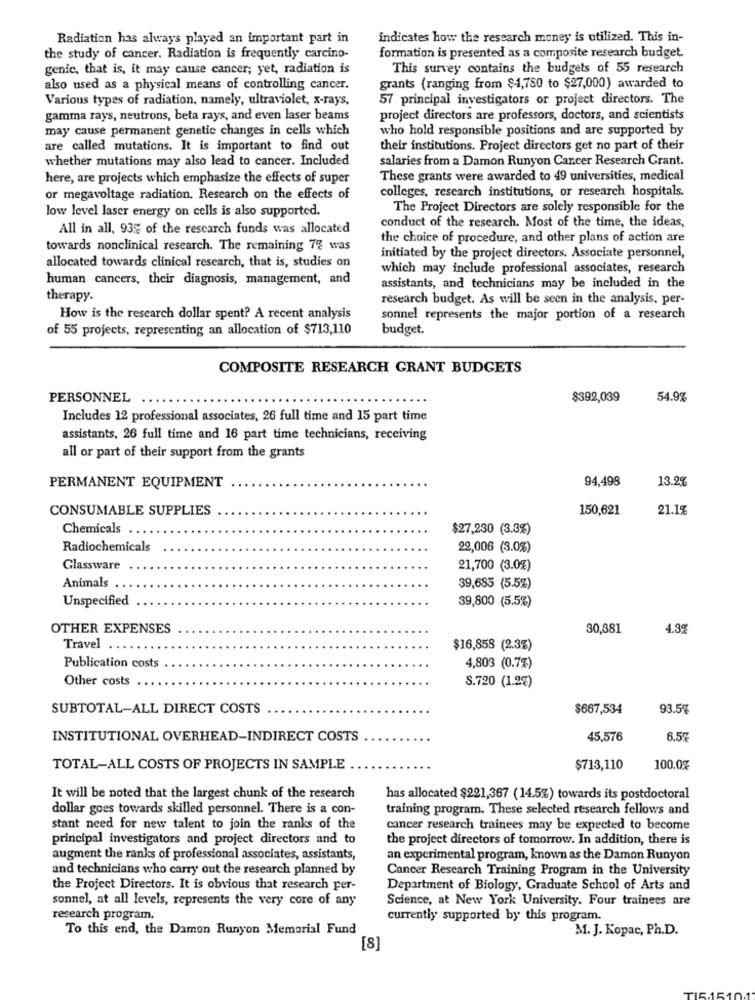
Radiation has always played an important part in
indicates how the research money is utilized. This in-
the study of cancer. Radiation is frequently carcino-
formation is presented as a composite research budget.
genic, that is, it may cause cancer; yet, radiation is
This survey contains the budgets of 55 research
also used as a physical means of controlling cancer.
grants (ranging from $4,780 to $27,000) awarded to
Various types of radiation, namely, ultraviolet, x-rays,
57 principal investigators or project directors. The
gamma rays, neutrons, beta rays, and even laser beams
project directors are professors, doctors, and scientists
may cause permanent genetic changes in cells which
who hold responsible positions and are supported by
are called mutations. It is important to find out
their institutions. Project directors get no part of their
whether mutations may also lead to cancer. Included
salaries from a Damon Runyon Cancer Research Grant.
here, are projects which emphasize the effects of super
These grants were awarded to 49 universities, medical
colleges, research institutions, or research hospitals.
or megavoltage radiation. Research on the effects of
low level laser energy on cells is also supported.
The Project Directors are solely responsible for the
All in all, 93% of the research funds was allocated
conduct of the research. Most of the time, the ideas,
the choice of procedure, and other plans of action are
towards nonclinical research. The remaining 7% was
initiated by the project directors. Associate personnel,
allocated towards clinical research, that is, studies on
which may include professional associates, research
human cancers, their diagnosis, management, and
assistants, and technicians may be included in the
therapy.
research budget. As will be seen in the analysis, per-
How is the research dollar spent? A recent analysis
sonnel represents the major portion of a research
of 55 projects, representing an allocation of $713,110
budget.
COMPOSITE RESEARCH GRANT BUDGETS
PERSONNEL
$392,039
54.9%
Includes 12 professional associates, 26 full time and 15 part time
assistants, 26 full time and 16 part time technicians, receiving
all or part of their support from the grants
PERMANENT EQUIPMENT
94,498
13.2%
CONSUMABLE SUPPLIES
150,621
21.1%
Chemicals
$27,230 (3.3%)
Radiochemicals
22,006 (3.0%)
Glassware
21,700 (3.0%)
Animals ..
39,685 (5.5%)
Unspecified
39,800 (5.5%)
OTHER EXPENSES
30,381
4.3%
Travel
$16,858 (2.3%)
Publication costs
4,803 (0.7%)
Other costs
S.720 (1.2%)
SUBTOTAL-ALL DIRECT COSTS
$667,534
93.5%
INSTITUTIONAL OVERHEAD-INDIRECT COSTS
45,576
6.5%
TOTAL-ALL COSTS OF PROJECTS IN SAMPLE
$713,110
100.0%
It will be noted that the largest chunk of the research
has allocated $221,367 (14.5%) towards its postdoctoral
dollar goes towards skilled personnel. There is a con-
training program. These selected research fellows and
stant need for new talent to join the ranks of the
cancer research trainees may be expected to become
principal investigators and project directors and to
the project directors of tomorrow. In addition, there is
augment the ranks of professional associates, assistants,
an experimental program, known as the Damon Runyon
and technicians who carry out the research planned by
Cancer Research Training Program in the University
the Project Directors. It is obvious that research per-
Department of Biology, Graduate School of Arts and
sonnel, at all levels, represents the very core of any
Science, at New York University. Four trainees are
research program.
currently supported by this program.
To this end, the Damon Runyon Memorial Fund
M. J. Kopac, Ph.D.
[8]